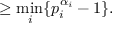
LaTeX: \geq { \underset { i } { \min } } \{ p _ { i } ^ { \alpha _ { i } } - 1 \} .